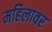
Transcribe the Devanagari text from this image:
महिलावर